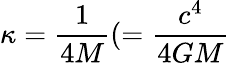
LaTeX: \kappa={\frac{1}{4M}}(={\frac{c^{4}}{4GM}}